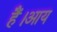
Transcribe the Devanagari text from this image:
हैं।आय